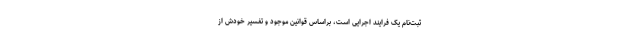
ثبت‌نام یک فرایند اجرایی است، براساس قوانین موجود و تفسیر خودش از